King Institute of Preventive Medicine Micro-Biological Section reports 1912-19
Year: 1912
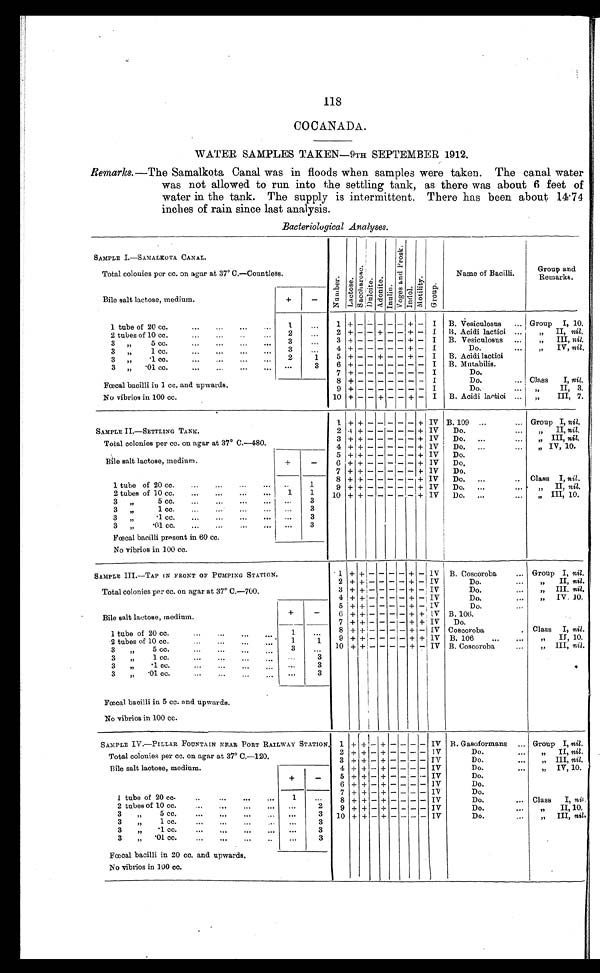
118
COCANADA.
WATER SAMPLES TAKEN—9TH SEPTEMBER 1912.
Remarks. —The Samalkota Canal was in floods when samples were taken. The canal water
was not allowed to run into the settling tank, as there was about 6 feet of
water in the tank. The supply is intermittent. There has been about 14.74
inches of rain since last analysis.
Bacteriological Analyses.
SAMPLE I.—SAMALKOTA CANAL.
Numbe r . La c t os e .
S a c c h a r o s e .
Du l c i t e .
A d o n i t e .
I n u l i n .
V o g e s a n d P r o s k .
Indol.
Mo t i l i t y .
G r o u p .
Name of Bacilli.
Group and
Remarks.
Total colonies per cc. on agar at 37° C.—Countless.
Bile salt lactose medium.
+
-
1 tube 20
of cc.
...
...
...
1
. . .
1 +
- - -
- -
+ - I
B. Vesiculosus
... Group
I, 10.
2 tubes of 10 cc.
... ...
2
...
2 + - - + - - + - I
B. Acidi lactici ...
„
II, nil.
3 „ 5 cc.
... ...
3
. . . 3 + - - - - - + - I
B. Vesiculosus
...
„
III, nil.
3 „
1 c c .
. . .
. . .
. . .
. . .
3
...
4 + - - - - - + - I
Do.
...
„ I V ,n
i l .
3
„
.1 cc
... ...
2
1
5 + - - + - - + - I
B. Acidi lactici
3
„ . 0 1 c c .
. . .
. . .
3
6 + - - - - - - -
I
B. Mutabilis.
7 + - - - - - - -
I
Do.
Fœcal bacilli in 1 cc. and upwards.
8 + - - - - - - -
I
Do.
. . .
Class
I, ni l .
9 + - - - - - - -
I
Do.
...
„ I I ,
3 .
No vibrios in 100 cc.
10 + - - + - - + - I
B. Acidi lactici ...
„
III, 7.
SAMPLE II.—SETTLING TANK.
1 + +
- - - - - + IV B. 109
...
... Group I, nil.
2 + + - - - - - + IV
Do.
...
„
II, nil.
Total colonies per cc. on agar at 37° C.—480.
3 + + - - - - - + IV
Do.
...
...
„
III, nil .
4 + + - - - - - + IV
Do.
...
...
„
IV, 10.
Bile salt lactose, medium.
+
-
5
+ + - - - - - + IV
Do.
6 + + - - - - - + IV
Do.
7 + + - - - - - + IV
Do.
1 tube of 20 cc.
...
...
...
...
. .
1
8 + + - - - - - + IV
Do.
...
..
Class I, nil.
9 + + - - - -
- + IV
Do.
...
...
„
II, nil.
2 tubes of 10 cc.
...
...
...
1
1
10 + + - - - - - + IV
Do.
...
...
„
III, 10.
3
„
5 c c .
... ... ...
...
3
3
„
1 c c .
... ...
...
3
3
„
. 1 c c .
...
...
...
3
3
„
. 0 1 c c .
... ...
...
3
Fœcal bacilli present in 60 cc.
No vibrios in 100 cc.
SAMPLE III.—TAP IN FRONT OF PUMPING STATION.
1
+ + - - - - + - IV
B. Coscoroba
... Group I, nil.
2 + + - - - - + - IV
Do.
...
„
II, nil.
Total colonies per cc. on agar at 37° C.—700.
3 +
+ - - - - + - IV
Do.
...
„
III, nil,
4 + + - - - - + - IV
Do.
...
„
IV, 10,
Bile salt lactose, medium.
+
-
5
+ + - - - - + - IV
Do.
...
6 + + - - - - + + IV
B. 106.
7 + + - - - - + + IV
Do.
1 tube of 20 cc.
...
...
... ...
1
. . .
8 + + - - - - + - IV
Coscoroba
Class
I, nil
2 t u p e o f 1 0 c c .
...
1
1
9 + + - - - - + + IV
B. 106
...
...
„
II, 10.
3
„
5 c c .
...
3
. . . 10 + + - - - - + - IV B. Coscoroba
...
„
III, nil.
3
„
1 c c .
. . .
. . .
. . .
. . .
...
3
3
„
.1 cc.
...
...
...
. . .
3
3
„
.01 cc.
...
...
...
...
. . .
3
Fœcal bacilli in 5 cc. and upwards.
No vibrios in 100 cc.
SAMPLE IV.—PILLAR FOUNTAIN NEAR PORT RAILWAY STATION.
1 +
+ - + - - - -
IV B. Gasoformans
... Group I, nil.
2 + + - + - - - -
IV
Do.
...
„
II, nil.
Total colonies per cc. on agar at 37° C.—120.
3 + + - + - - - - IV
Do.
...
„
III, nil.
Bile salt lactose, medium.
+
-
4 + + - + - - - -
IV
Do.
...
„
IV, 10.
5 + + - + - - - -
IV
Do.
6 + + - + - - - -
IV
Do.
7 + + - + - - - -
IV
Do.
I tube of 20 cc.
..
...
...
...
1
...
8 + + - + - - - -
IV
Do.
... Class
I, nil.
2 tupe of 10 cc.
... ... ...
. . .
2
9 + + - + - - - -
IV
Do.
...
„
II, 10.
3
„
5 cc.
...
...
...
. . .
3
10 + + - + - - - -
IV
Do.
...
„
III, nil.
3
„
1 cc.
...
. . .
. . .
3
3
„
.1 cc.
...
...
...
...
. . .
3
3
„
.01 cc.
...
...
...
. .
...
3
Fœcal bacilli in 20 cc. and upwards.
No vibrios in 100 cc.